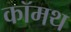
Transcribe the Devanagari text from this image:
कॉमथ